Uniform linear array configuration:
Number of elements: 48
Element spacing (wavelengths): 0.25
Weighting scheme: exponential
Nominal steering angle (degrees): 15
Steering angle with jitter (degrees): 13.146
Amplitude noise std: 0.05
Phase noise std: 0.05

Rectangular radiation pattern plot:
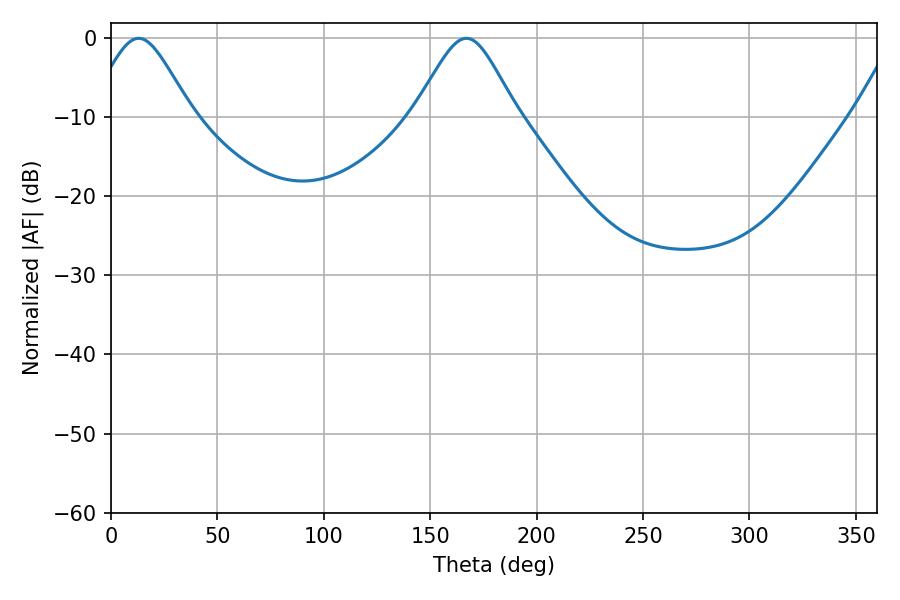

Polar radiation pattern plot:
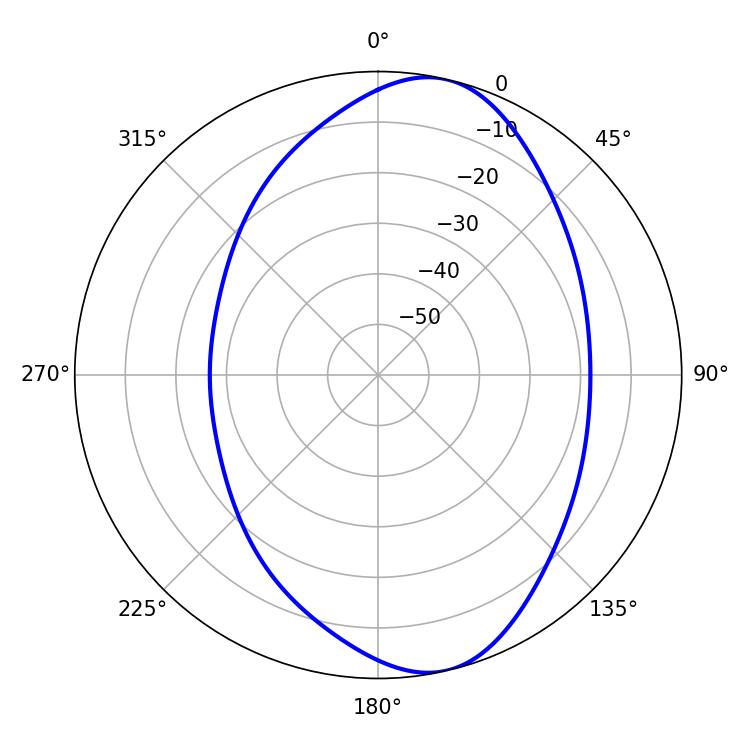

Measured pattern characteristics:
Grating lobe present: FALSE
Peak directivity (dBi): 9.17
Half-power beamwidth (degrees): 23.58
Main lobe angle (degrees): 12.96